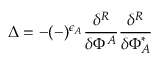
\Delta = - ( - ) ^ { \epsilon _ { A } } \frac { \delta ^ { R } } { \delta \Phi ^ { A } } \frac { \delta ^ { R } } { \delta \Phi _ { A } ^ { * } }